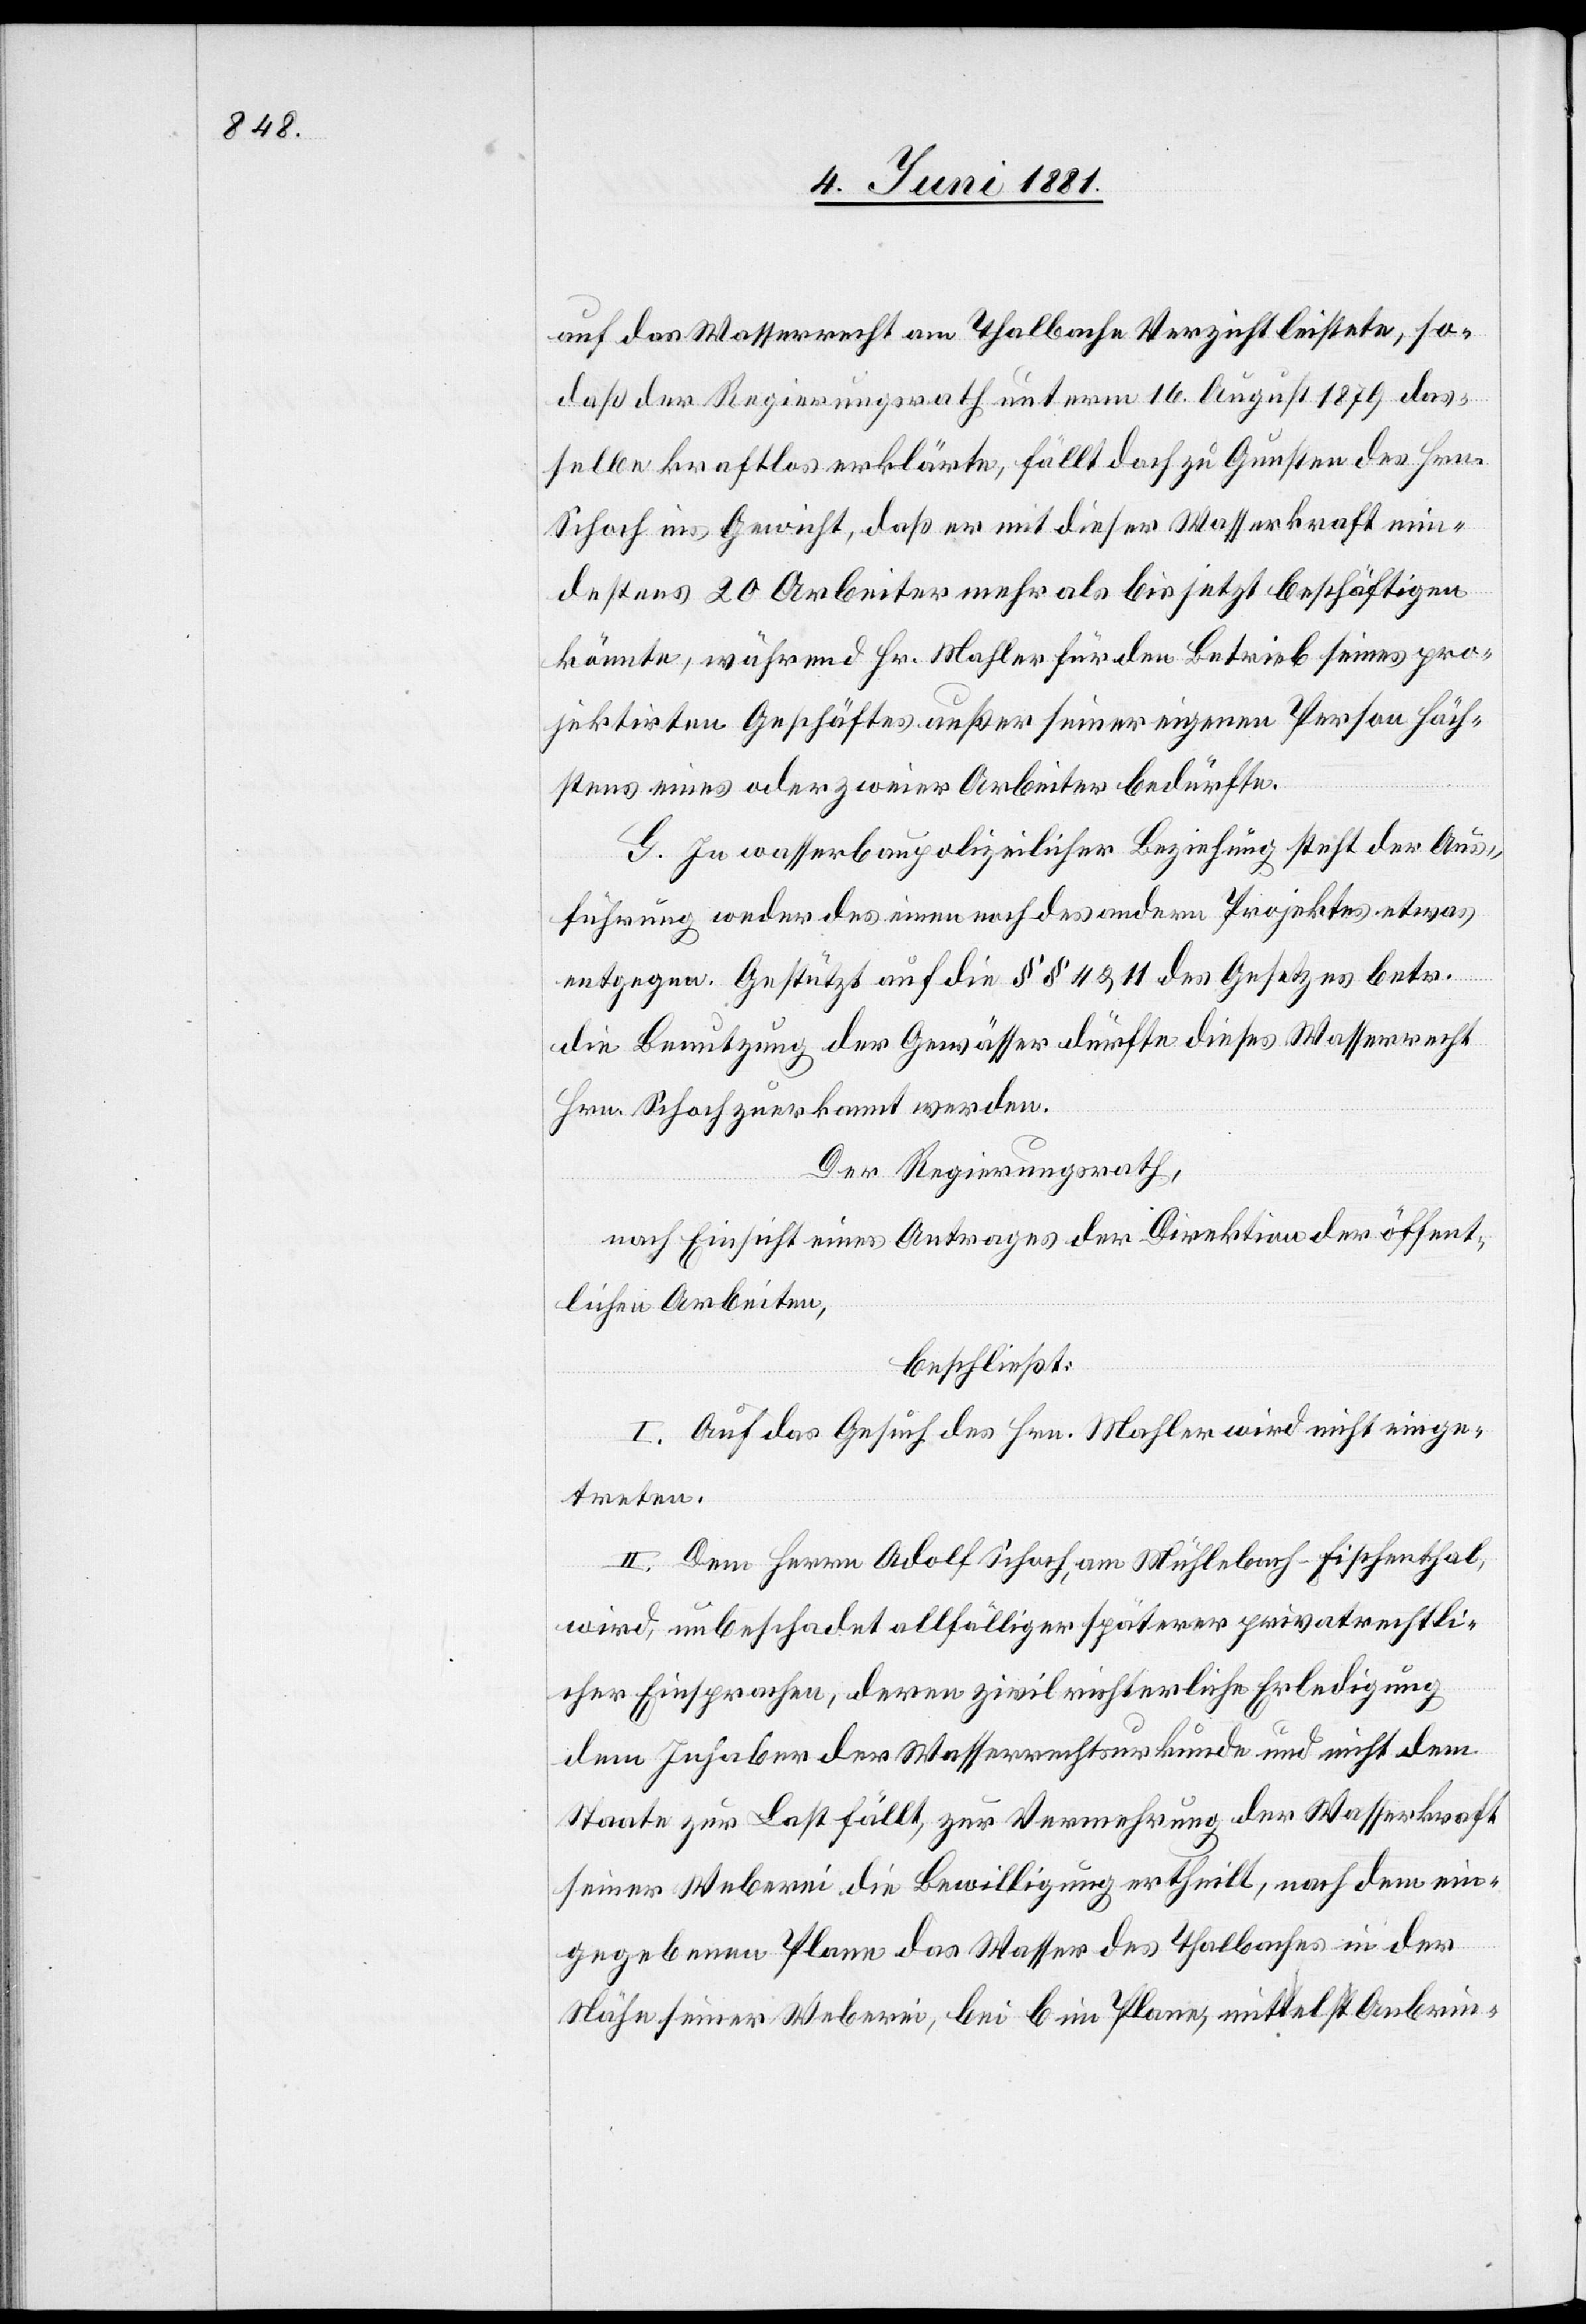
auf das Wasserrecht am Thalbache Verzicht leistete, so¬
daß der Regierungsrath unterm 16. August 1879 das¬
selbe kraftlos erklärte, fällt doch zu Gunsten des Hrn.
Schoch ins Gewicht, daß er mit dieser Wasserkraft min¬
destens 20 Arbeiter mehr als bis jetzt beschäftigen
könnte, während Hr. Mahler für den Betrieb seines pro¬
jektirten Geschäftes außer seiner eigenen Person höch¬
stens eines oder zwei Arbeiter bedürfe.
G. In wasserbaupolizeilicher Beziehung steht der Aus¬
führung weder des einen noch des andern Projektes etwas
entgegen. Gestützt auf die §§ 4 & 11 des Gesetzes betr.
die Benutzung der Gewässer dürfte dieses Wasserrecht
Hrn. Schoch zuerkannt werden.
Der Regierungsrath,
nach Einsicht eines Antrages der Direktion der öffent¬
lichen Arbeiten,
beschließt:
I. Auf das Gesuch des Hrn. Mahler wird nicht einge¬
treten.
II. Dem Hrn. Adolf Schoch, am Mühlebach - Fischenthal,
wird, unbeschadet allfälliger späterer privatrechtli¬
cher Einsprachen, deren zivilrichterliche Erledigung
dem Inhaber der Wasserrechtsurkunde und nicht dem
Staate zur Last fällt, zur Vermehrung der Wasserkraft
seiner Weberei die Bewilligung ertheilt, nach dem ein¬
gegebenen Plan das Wasser des Thalbaches in der
Nähe seiner Weberei, bei B im Plane, mittels Anbrin-